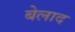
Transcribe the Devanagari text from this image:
बेलाद